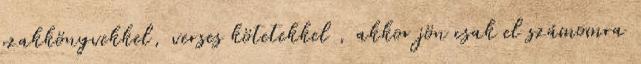
szakkönyvekkel, verses kötetekkel , akkor jön csak el számomra